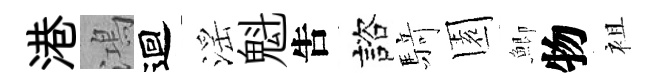
港鴻迴滛魁吿諮𮪍園鯽物袓